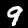
Label: 9